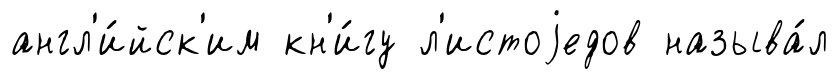
англ'и́йск'им кн'и́гу л'истоjедов называ́л